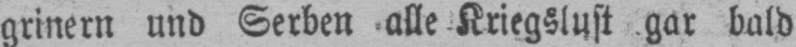
grinern und Serben alle Kriegslust gar bald